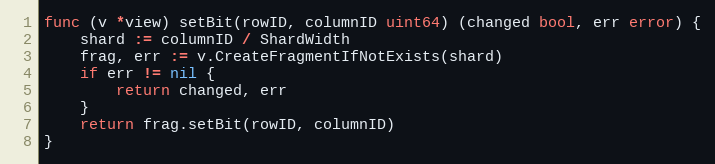
Language: Go
func (v *view) setBit(rowID, columnID uint64) (changed bool, err error) {
	shard := columnID / ShardWidth
	frag, err := v.CreateFragmentIfNotExists(shard)
	if err != nil {
		return changed, err
	}
	return frag.setBit(rowID, columnID)
}